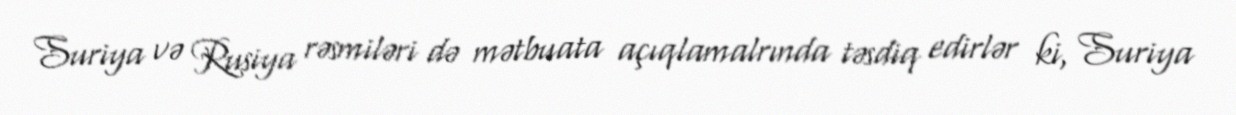
Suriya və Rusiya rəsmiləri də mətbuata açıqlamalrında təsdiq edirlər ki, Suriya